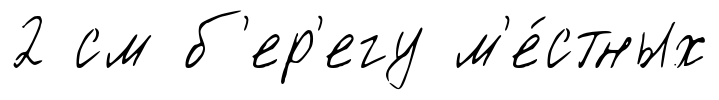
2 см б'ер'егу м'е́стных